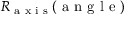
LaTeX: R _ { \textrm { a x i s } } ( { \textrm { a n g l e } } )